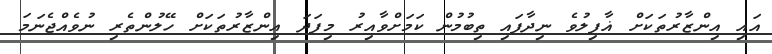
އައި އިންޒާރުތަކަށް ޣާފިލުވެ ނިދާފައި ތިބުމުން ކަމަށްވާއިރު މިފަދަ އިންޒާރުތަކަށް ހޭލުންތެރި ނުވެއްޖެނަމަ